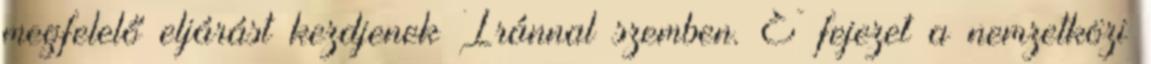
megfelelő eljárást kezdjenek Iránnal szemben. E fejezet a nemzetközi